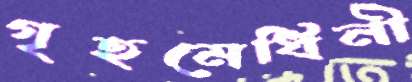
গৃহমেধিনী